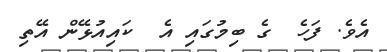
އެވެ. ފަހެ  ގެ ބިމުގައި އެ  ކައިއުޅޭން އޭތި